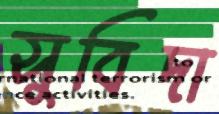
সুবিদা